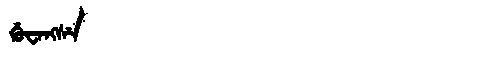
Manchu: ᡤᡠᠸᠠᠩᠰᡝ
Romanization: GUWANGSE